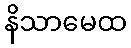
နိသာမေထ